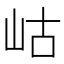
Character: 岵